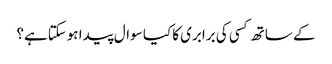
کے ساتھ کسی کی برابری کا کیا سوال پیدا ہوسکتاہے؟